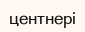
центнері